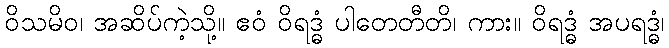
ဝိသမိဝ၊ အဆိပ်ကဲ့သို့။ ဧဝံ ဝိရဒ္ဓံ ပါတေတီတိ၊ ကား။ ဝိရဒ္ဓံ အပရဒ္ဓံ၊